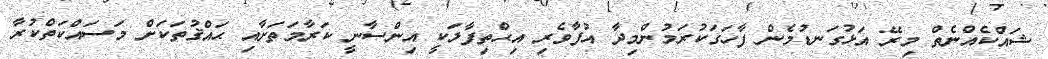
ޝައްކެއްނެތް މިރޭ އަޅުގަނޑުމެން ފާހަގަކުރަމުންމިދާ އުފާވެރި އިޙްތިފާލަކީ އިންސާނީ ކަރާމަތަށާއި ޙައްޤުތަކަށް މަސައްކަތްކުރާ